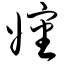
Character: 婶